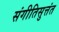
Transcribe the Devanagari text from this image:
संगीतिसुत्तंत